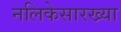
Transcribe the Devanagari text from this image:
नलिकेसारख्या